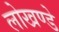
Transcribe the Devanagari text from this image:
लोखण्डे